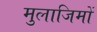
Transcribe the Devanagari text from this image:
मुलाजिमों